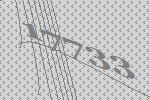
17733